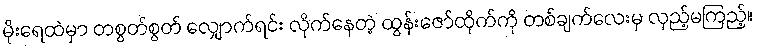
မိုးရေထဲမှာ တစွတ်စွတ် လျှောက်ရင်း လိုက်နေတဲ့ ထွန်းဇော်ထိုက်ကို တစ်ချက်လေးမှ လှည့်မကြည့်။